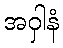
အဝှါနံ